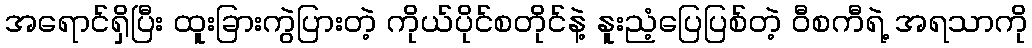
အရောင်ရှိပြီး ထူးခြားကွဲပြားတဲ့ ကိုယ်ပိုင်စတိုင်နဲ့ နူးညံ့ပြေပြစ်တဲ့ ဝီစကီရဲ့ အရသာကို